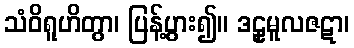
သံဝိရူဟိတွာ၊ ပြန့်ပွား၍။ ဒဠှမူလဇဋာ၊